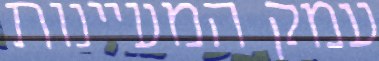
עמק המעיינות